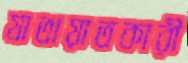
যাতায়াতকারী